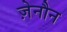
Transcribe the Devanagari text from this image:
ज़ेनौन